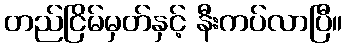
တည်ငြိမ်မှတ်နှင့် နီးကပ်လာပြီ။